Indian journal of veterinary science and animal husbandry - Volume 2,
Year: 1932
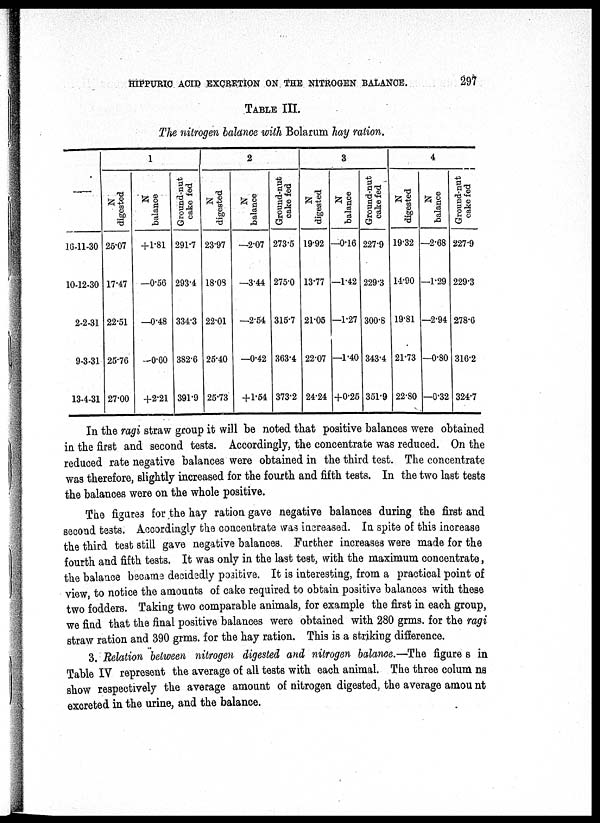
HIPPURIC ACID EXCRETION ON THE NITROGEN BALANCE.
297
TABLE III.
The nitrogen balance with Bolarum hay ration.
—
16-11-30
10-12-30
2-2-31
9-3-31
13-4-31
1
N
digested
25.07
17.47
22.51
25.76
27.00
N
balance
+1.81
—0.56
—0.48
—0.60
+2.21
Ground-nut
cake led
291.7
293.4
334.3
382.6
391.9
2
N
digested
23.97
18.08
22.01
25.40
25.73
N
balance
—2.07
—3.44
—2.54
—0.42
+ 1.54
Ground-nut
cake fed
273.5
275.0
315.7
363.4
373.2
3
N
digested
19.92
13.77
21.05
22.07
24.24
N
balance
—0.16
—1.42
—1.27
—1.40
+0.25
Ground-nut
cake fed
227.9
229.3
300.8
343.4
351.9
4
N
digested
19.32
14.90
19.81
21.73
22.80
N
balance
—2.68
—1.29
—2.94
—0.80
—0.32
Ground-nut
cake fed
227.9
229.3
278.6
316.2
324.7
In the ragi straw group it will be noted that positive balances were obtained
in the first and second tests. Accordingly, the concentrate was reduced. On the
reduced rate negative balances were obtained in the third test. The concentrate
was therefore, slightly increased for the fourth and fifth tests. In the two last tests
the balances were on the whole positive.
The figures for the hay ration gave negative balances during the first and
second tests. Accordingly the concentrate was increased. In spite of this increase
the third test still gave negative balances. Further increases were made for the
fourth and fifth tests. It was only in the last test, with the maximum concentrate,
the balance became decidedly positive. It is interesting, from a practical point of
view, to notice the amounts of cake required to obtain positive balances with these
two fodders. Taking two comparable animals, for example the first in each group,
we find that the final positive balances were obtained with 280 grms. for the ragi
straw ration and 390 grms. for the hay ration. This is a striking difference.
3. Relation between nitrogen digested and nitrogen balance.—The figure s in
Table IV represent the average of all tests with each animal. The three colum ns
show respectively the average amount of nitrogen digested, the average amount
excreted in the urine, and the balance.